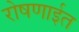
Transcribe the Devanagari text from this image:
रोषणाईत